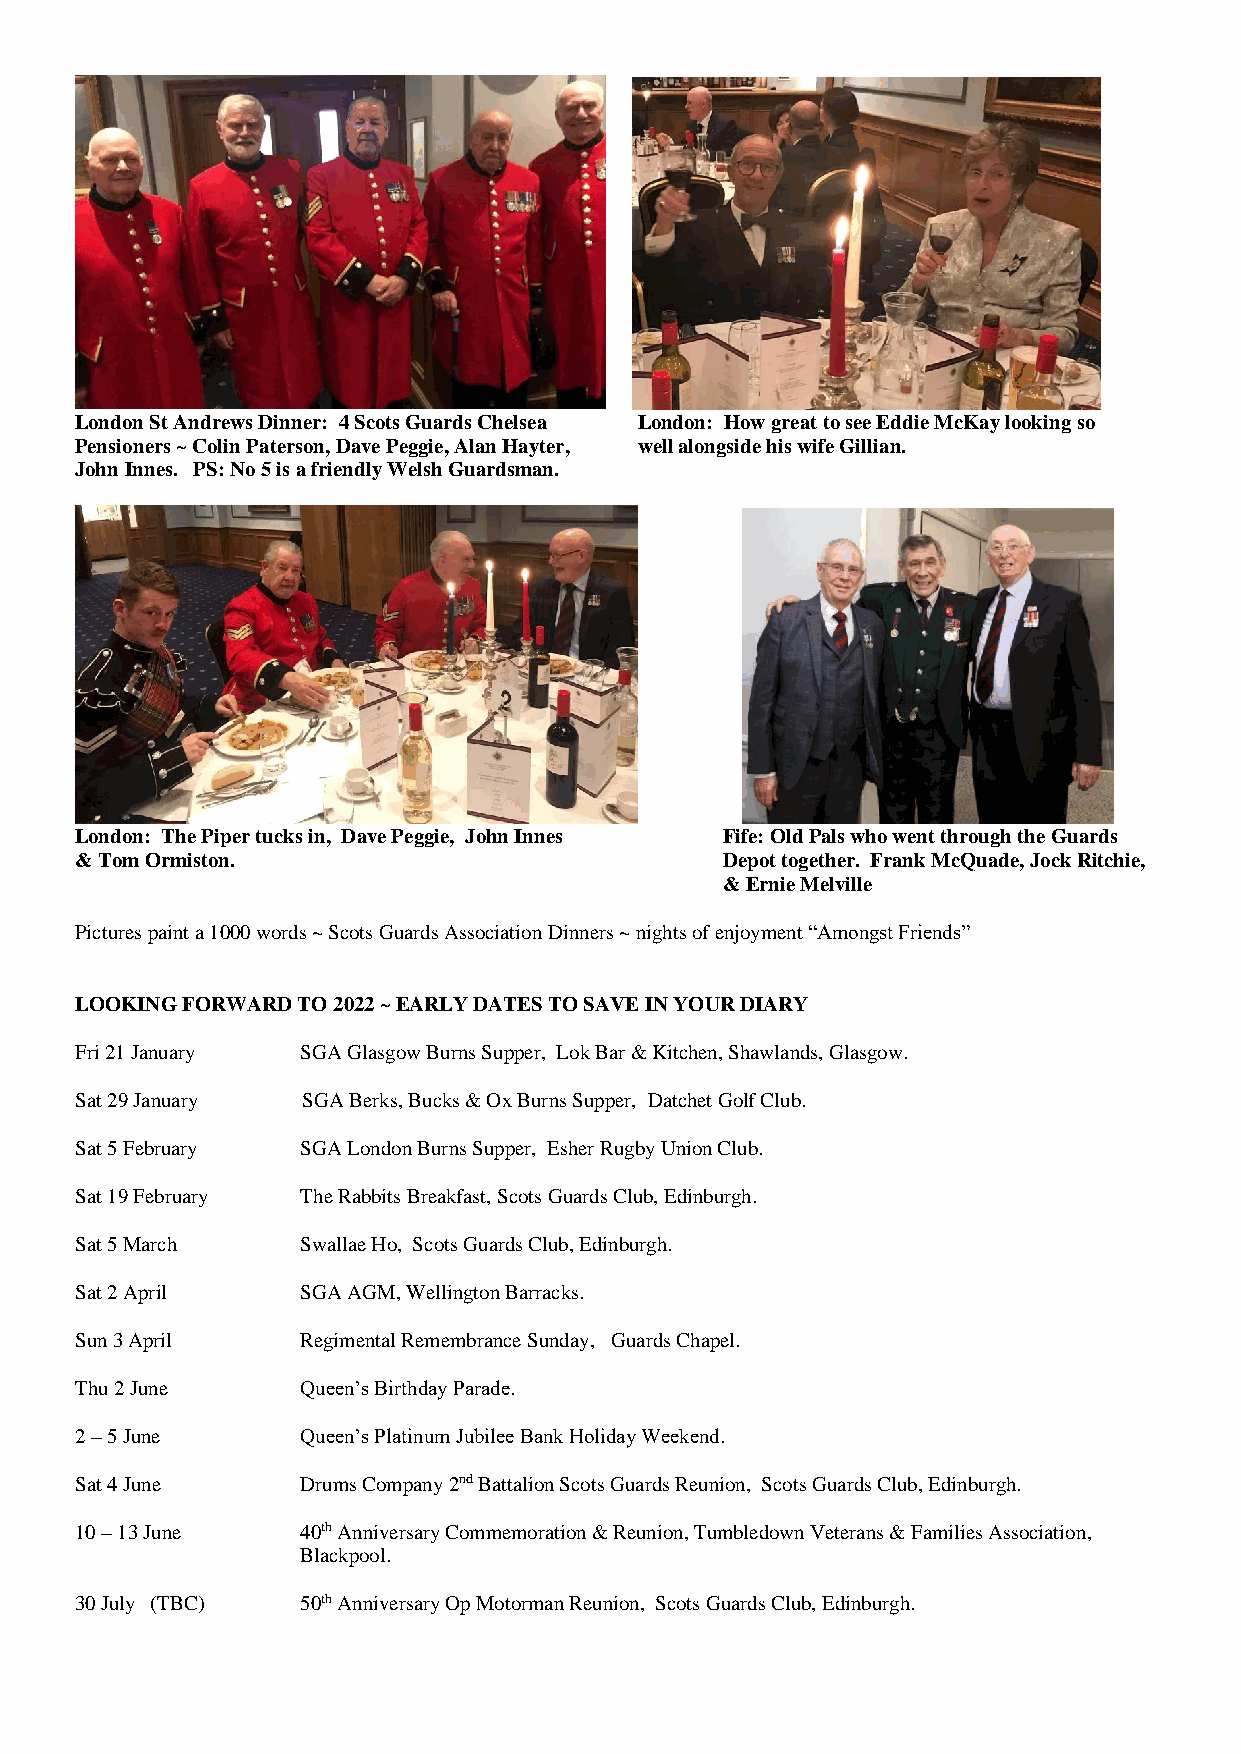
London St Andrews Dinner: 4 Scots Guards Chelsea London: How great to see Eddie McKay looking so
 Pensioners ~ Colin Paterson, Dave Peggie, Alan Hayter, well alongside his wife Gillian.
 John Innes. PS: No 5 is a friendly Welsh Guardsman.
 London: The Piper tucks in, Dave Peggie, John Innes Fife: Old Pals who went through the Guards
 & Tom Ormiston.                            Depot together. Frank McQuade, Jock Ritchie,
 & Ernie Melville
 Pictures paint a 1000 words ~ Scots Guards Association Dinners ~ nights of enjoyment “Amongst Friends”
 LOOKING FORWARD TO 2022 ~ EARLY DATES TO SAVE IN YOUR DIARY
 Fri 21 January SGA Glasgow Burns Supper, Lok Bar & Kitchen, Shawlands, Glasgow.
 Sat 29 January SGA Berks, Bucks & Ox Burns Supper, Datchet Golf Club.
 Sat 5 February SGA London Burns Supper, Esher Rugby Union Club.
 Sat 19 February The Rabbits Breakfast, Scots Guards Club, Edinburgh.
 Sat 5 March    Swallae Ho, Scots Guards Club, Edinburgh.
 Sat 2 April    SGA AGM, Wellington Barracks.
 Sun 3 April    Regimental Remembrance Sunday, Guards Chapel.
 Thu 2 June     Queen’s Birthday Parade.
 2 – 5 June     Queen’s Platinum Jubilee Bank Holiday Weekend.
 Sat 4 June     Drums Company 2nd Battalion Scots Guards Reunion, Scots Guards Club, Edinburgh.
 10 – 13 June   40th Anniversary Commemoration & Reunion, Tumbledown Veterans & Families Association,
 Blackpool.
 30 July (TBC)  50th Anniversary Op Motorman Reunion, Scots Guards Club, Edinburgh.